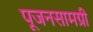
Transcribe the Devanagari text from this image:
पूजनसामग्री